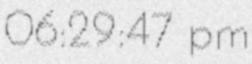
06:29:47 pm